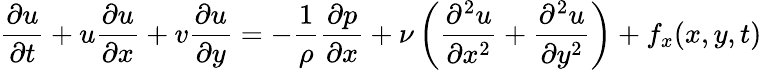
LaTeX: {\frac{\partial u}{\partial t}}+u{\frac{\partial u}{\partial x}}+v{\frac{\partial u}{\partial y}}=-{\frac{1}{\rho}}{\frac{\partial p}{\partial x}}+\nu\left({\frac{\partial^{2}u}{\partial x^{2}}}+{\frac{\partial^{2}u}{\partial y^{2}}}\right)+f_{x}(x,y,t)